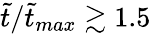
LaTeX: \tilde{t}/\tilde{t}_{max}\gtrsim 1.5